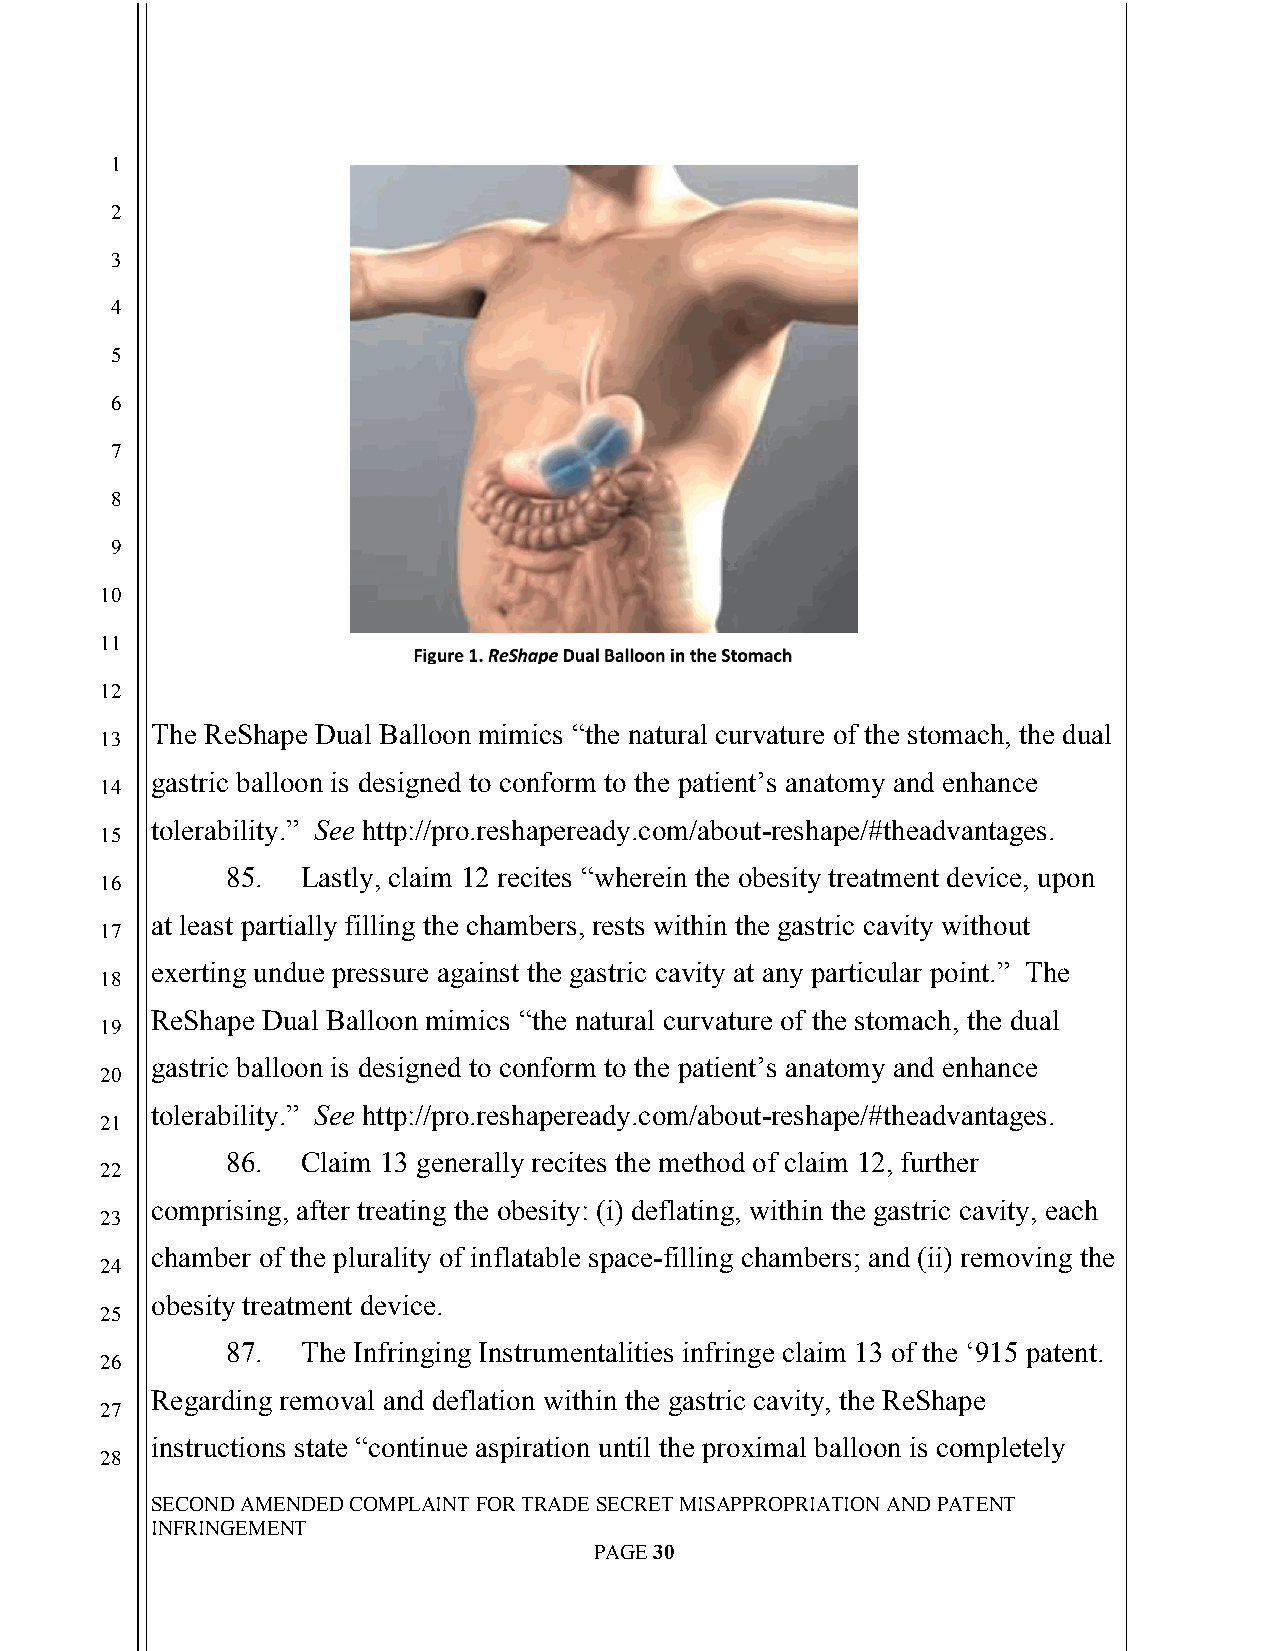
`
 1
 2
 3
 4
 5
 6
 7
 8
 9
 10
 11
 12
 The ReShape Dual Balloon mimics “the natural curvature of the stomach, the dual
 13
 gastric balloon is designed to conform to the patient’s anatomy and enhance
 14
 tolerability.” See http://pro.reshapeready.com/about-reshape/#theadvantages.
 15
 85.  Lastly, claim 12 recites “wherein the obesity treatment device, upon
 16
 at least partially filling the chambers, rests within the gastric cavity without
 17
 exerting undue pressure against the gastric cavity at any particular point.” The
 18
 ReShape Dual Balloon mimics “the natural curvature of the stomach, the dual
 19
 gastric balloon is designed to conform to the patient’s anatomy and enhance
 20
 tolerability.” See http://pro.reshapeready.com/about-reshape/#theadvantages.
 21
 86.  Claim 13 generally recites the method of claim 12, further
 22
 comprising, after treating the obesity: (i) deflating, within the gastric cavity, each
 23
 chamber of the plurality of inflatable space-filling chambers; and (ii) removing the
 24
 obesity treatment device.
 25
 87.  The Infringing Instrumentalities infringe claim 13 of the ‘915 patent.
 26
 Regarding removal and deflation within the gastric cavity, the ReShape
 27
 instructions state “continue aspiration until the proximal balloon is completely
 28
 SECOND AMENDED COMPLAINT FOR TRADE SECRET MISAPPROPRIATION AND PATENT
 INFRINGEMENT
 PAGE 30